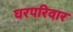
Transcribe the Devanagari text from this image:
घरपरिवार